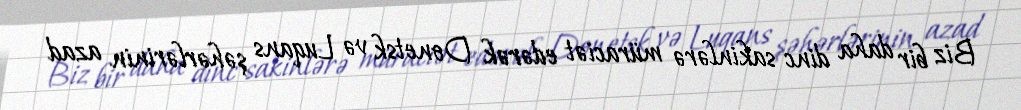
Biz bir daha dinc sakinlərə müraciət edərək Donetsk və Luqans şəhərlərinin azad